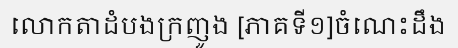
លោកតាដំបងក្រញូង [ភាគទី១]ចំណេះដឹង